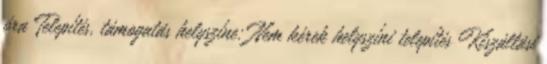
óra Telepítés, támogatás helyszíne: Nem kérek helyszíni telepítés Kiszállási